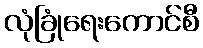
လုံခြုံရေးကောင်စီ